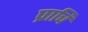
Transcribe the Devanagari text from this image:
प्राचि